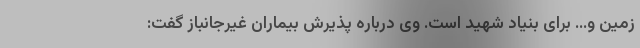
زمین و… برای بنیاد شهید است. وی درباره پذیرش بیمارانِ غیرجانباز گفت: